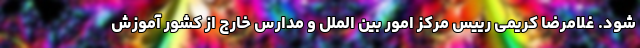
شود. غلامرضا کریمی رییس مرکز امور بین الملل و مدارس خارج از کشور آموزش